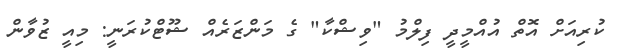
ކުރިއަށް އޮތް އުއްމީދީ ފިލްމު "ވިޝްކާ" ގެ މަންޒަރެއް ޝޫޓްކުރަނީ: މިއީ ޒުވާން